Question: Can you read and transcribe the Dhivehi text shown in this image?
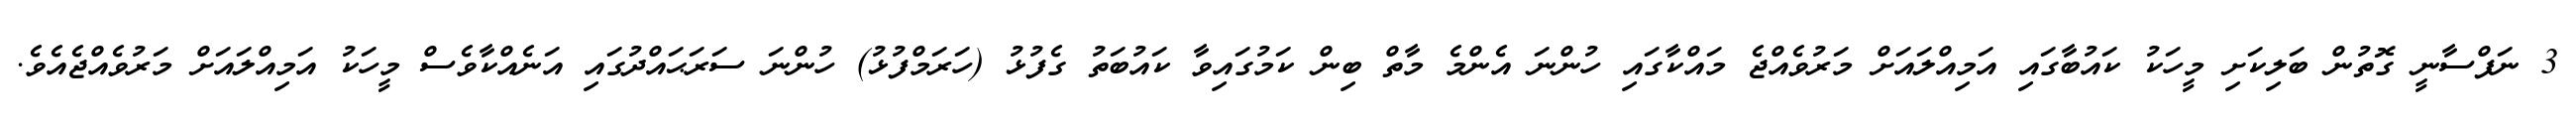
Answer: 3 ނަފްސާނީ ގޮތުން ބަލިކަށި މީހަކު ކައުބާގައި އަމިއްލައަށް މަރުވެއްޖެ މައްކާގައި ހުންނަ އެންމެ މާތް ބިން ކަމުގައިވާ ކައުބަތު ގެފުޅު (ހަރަމްފުޅު) ހުންނަ ސަރަޙައްދުގައި އަނެއްކާވެސް މީހަކު އަމިއްލައަށް މަރުވެއްޖެއެވެ.